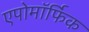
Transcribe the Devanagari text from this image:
एपोमॉर्फिक